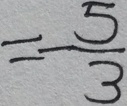
= - \frac { 5 } { 3 }